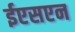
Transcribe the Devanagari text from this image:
ईएसएन